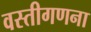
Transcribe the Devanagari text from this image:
वस्तीगणना